Civil Veterinary Dept. Bombay admin report 1907-1913 - 1907-1913
Year: 1907
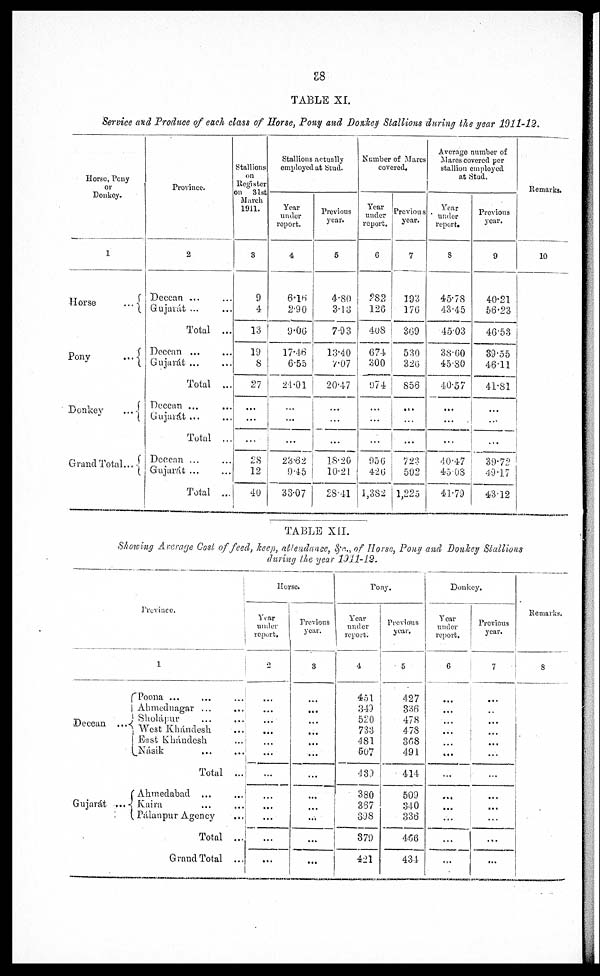
38
TABLE XI.
Service and Produce of each class of Horse, Pony and Donkey Stallions during the year 1911-12.
Horse, Pony
or
Donkey.
1
Horse
...
Pony
...
Donkey
...
Grand Total ...
Province.
2
Deccan ... ...
Gujarát ... ...
Total ...
Deccan ... ...
Gujarát ... ...
Total ...
Deccan ... ...
Gujarát ... ...
Total ...
Deccan ... ...
Gujarát ... ...
Total ...
Stallions
on
Register
on 31st
March
1911.
3
9
4
13
19
8
27
...
...
...
28
12
40
Stallions actually
employed at Stud.
Year
under
report.
4
6.16
2.90
9.06
17.46
6.55
24.01
...
...
...
23.62
9.45
33.07
Previous
year.
5
4.80
3.13
7.93
13.40
7.07
20.47
...
...
...
18.20
10.21
28.41
Number of Mares
covered.
Year
under
report.
6
282
120
408
674
300
974
...
...
...
956
420
1,382
Previous
year.
7
193
176
369
530
326
S56
...
...
...
723
502
1,225
Average number of
Mares covered per
stallion employed
at Stud.
Year
under
report.
8
45.78
43.45
45.03
38.60
45.80
40.57
...
...
...
40.47
45.08
41.79
Previous
year.
9
40.21
56.23
46.53
39.55
46.11
41.81
...
...
...
39.72
49.17
43.12
Remarks.
10
TABLE XII.
Showing Average Cost of feed, keep, attendance, &c., of Horse, Pony and Donkey Stallions
during the year 1911-12.
Decean ...
Province.
1
Poona ... ... ...
Ahmednagar ... ...
Sholápur ... ...
West Khándesh ...
East Khándesh ...
Násik ... ...
Total ...
Gujarát ...
Ahmedabad ... ...
Kaira ... ...
Pálanpur Agency ...
Total ...
Grand Total ...
Horse.
Year
under
report.
2
...
...
...
...
...
...
...
...
...
...
...
...
Previous
year.
3
...
...
...
...
...
...
...
...
...
...
...
...
Pony.
Year
under
report.
4
451
349
520
733
481
507
439
380
387
398
379
421
Previous
year.
5
427
336
478
478
368
491
414
509
340
336
466
434
Donkey.
Year
under
report.
6
...
...
...
...
...
...
...
...
...
...
...
...
Previous
year.
7
...
...
...
...
...
...
...
...
...
...
...
...
Remarks.
8